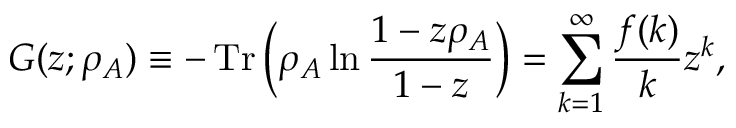
G ( z ; \rho _ { A } ) \equiv - \operatorname { T r } \bigg ( \rho _ { A } \ln \frac { 1 - z \rho _ { A } } { 1 - z } \bigg ) = \sum _ { k = 1 } ^ { \infty } \frac { f ( k ) } { k } z ^ { k } ,